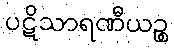
ပဋိသာရဏီယဉ္စ